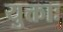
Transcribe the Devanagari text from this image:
युक्ताः